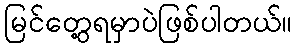
မြင်တွေ့ရမှာပဲဖြစ်ပါတယ်။